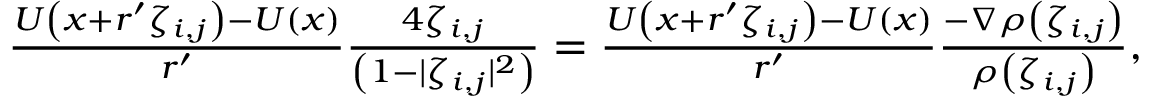
\begin{array} { r } { \frac { U \left( x + r ^ { \prime } \zeta _ { i , j } \right) - U \left( x \right) } { r ^ { \prime } } \frac { 4 \zeta _ { i , j } } { \left( 1 - | \zeta _ { i , j } | ^ { 2 } \right) } = \frac { U \left( x + r ^ { \prime } \zeta _ { i , j } \right) - U \left( x \right) } { r ^ { \prime } } \frac { - \nabla \rho \left( \zeta _ { i , j } \right) } { \rho \left( \zeta _ { i , j } \right) } , } \end{array}